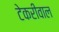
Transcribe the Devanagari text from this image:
टेकरीवाल